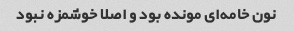
نون خامه‌ای مونده بود و اصلا خوشمزه نبود